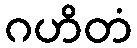
ဂဟိတံ